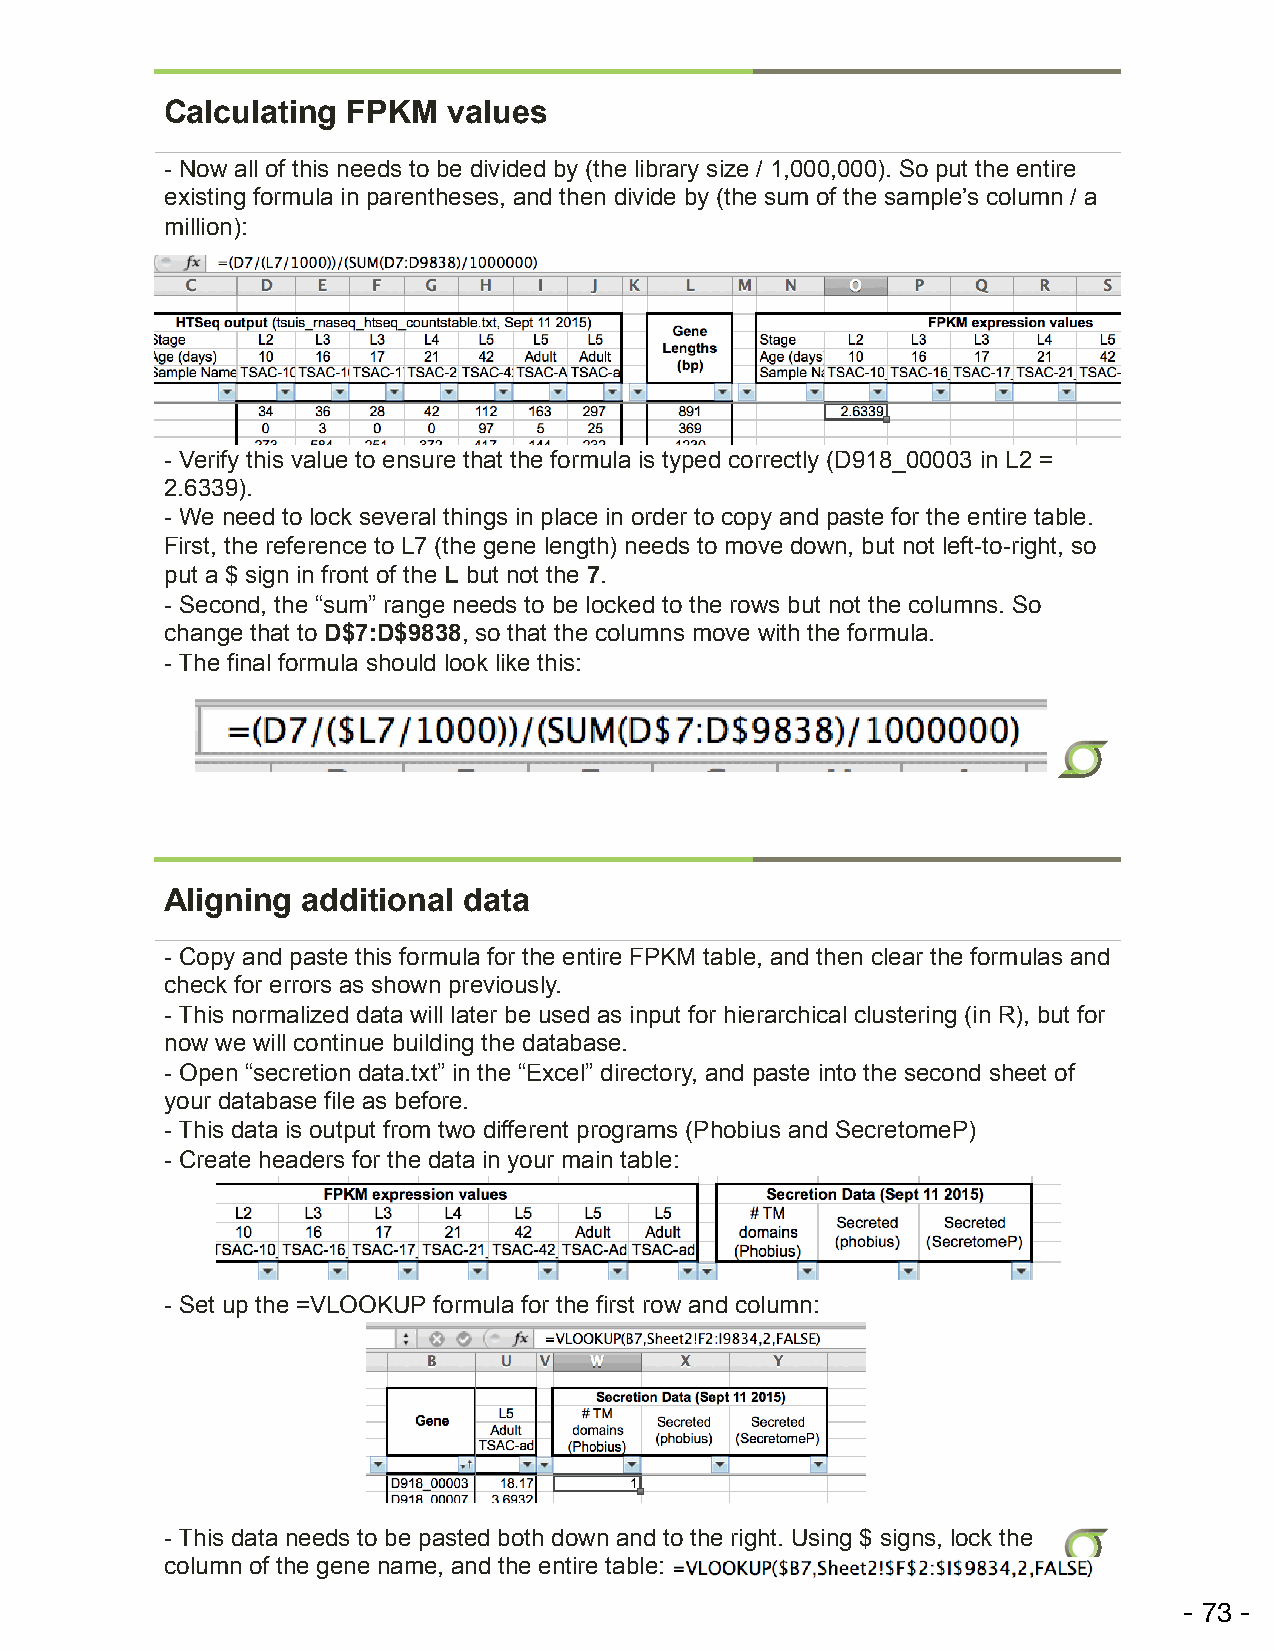
Calculating FPKM   values
 - Now all of this needs to be divided by (the library size / 1,000,000). So put the entire
 existing formula in parentheses, and then divide by (the sum of the sample’s column / a
 million):
 - Verify this value to ensure that the formula is typed correctly (D918_00003 in L2 =
 2.6339).
 - We need to lock several things in place in order to copy and paste for the entire table.
 First, the reference to L7 (the gene length) needs to move down, but not left-to-right, so
 put a $ sign in front of the L but not the 7.
 - Second, the “sum” range needs to be locked to the rows but not the columns. So
 change that to D$7:D$9838, so that the columns move with the formula.
 - The final formula should look like this:
 Aligning additional data
 - Copy and paste this formula for the entire FPKM table, and then clear the formulas and
 check for errors as shown previously.
 - This normalized data will later be used as input for hierarchical clustering (in R), but for
 now we will continue building the database.
 - Open “secretion data.txt” in the “Excel” directory, and paste into the second sheet of
 your database file as before.
 - This data is output from two different programs (Phobius and SecretomeP)
 - Create headers for the data in your main table:
 - Set up the =VLOOKUP formula for the first row and column:
 - This data needs to be pasted both down and to the right. Using $ signs, lock the
 column of the gene name, and the entire table: